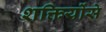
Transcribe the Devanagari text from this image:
शक्तियोंसे